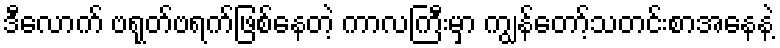
ဒီလောက် ဗရုတ်ဗရက်ဖြစ်နေတဲ့ ကာလကြီးမှာ ကျွန်တော့်သတင်းစာအနေနဲ့